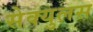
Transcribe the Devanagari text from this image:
सेक्युलस